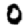
Digit: 0